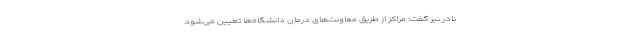
نادر نیز گفت: مراکز از طریق معاونت‌های درمان دانشگاه‌ها تعیین می‌شود